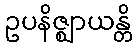
ဥပနိဇ္ဈာယန္တိ